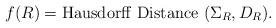
LaTeX: \begin{align*}f(R)={\rm Hausdorff \ Distance} \ (\Sigma_R,D_R).\end{align*}